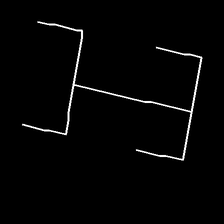
Glyph: entwine